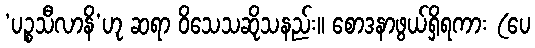
‘ပဉ္စသီလာနိ’ဟု ဆရာ ဝိသေသဆိုသနည်း။ စောဒနာဖွယ်ရှိရကား (ပေ